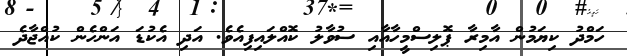
ހަމްދު ކިޔަމުން އާމިރާ ޕޮލިސްމީހާއާއި ސުވާލު ކޮއްލައިފިއެވެ. އަދި އެކުޑަ އަންހެން ކުއްޖާދެ